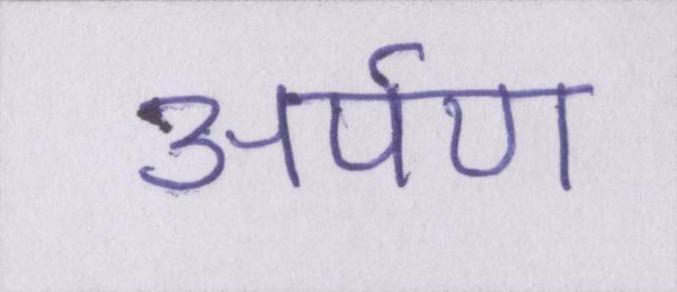
अर्पण